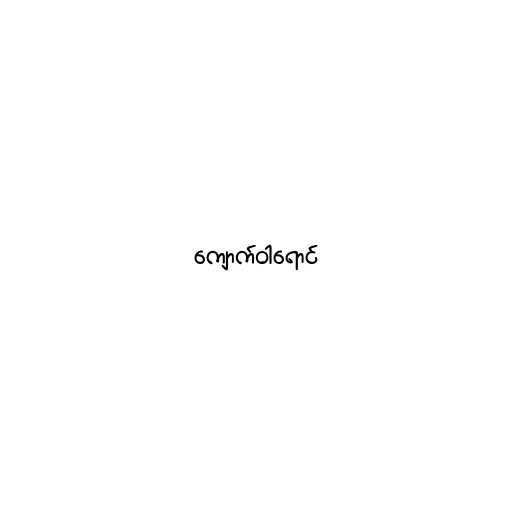
ကျောက်ဝါရောင်